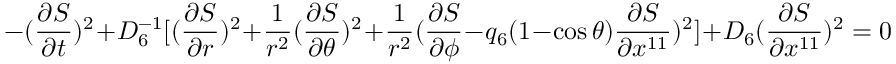
- ( { \frac { \partial S } { \partial t } } ) ^ { 2 } + D _ { 6 } ^ { - 1 } [ ( { \frac { \partial S } { \partial r } } ) ^ { 2 } + { \frac { 1 } { r ^ { 2 } } } ( { \frac { \partial S } { \partial \theta } } ) ^ { 2 } + { \frac { 1 } { r ^ { 2 } } } ( { \frac { \partial S } { \partial \phi } } - q _ { 6 } ( 1 - \cos \theta ) { \frac { \partial S } { \partial x ^ { 1 1 } } } ) ^ { 2 } ] + D _ { 6 } ( { \frac { \partial S } { \partial x ^ { 1 1 } } } ) ^ { 2 } = 0